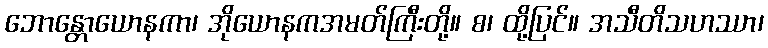
ဘောန္တောယောနကာ၊ အိုယောနကအမတ်ကြီးတို့။ စ၊ ထို့ပြင်။ အသီတိသဟဿာ၊